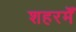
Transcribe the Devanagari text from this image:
शहरमेँ